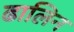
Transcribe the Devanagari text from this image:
ढालिन